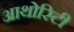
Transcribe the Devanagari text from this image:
आथोरिटी